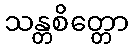
သန္တစိတ္တော